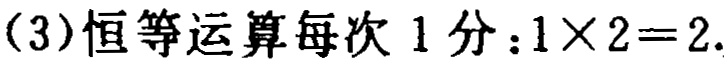
(3)恒等运算每次 1 分：$1\times 2 = 2$.